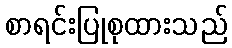
စာရင်းပြုစုထားသည်